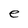
Character: e